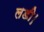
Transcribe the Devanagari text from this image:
लडी।